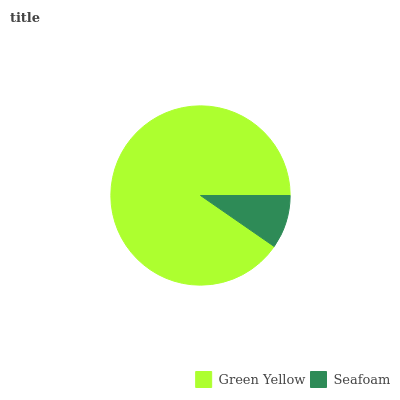
| Green Yellow | Seafoam |
 | --- | --- |
 | 90.4% | 9.64% |